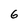
Character: 6